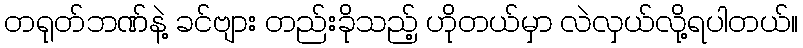
တရုတ်ဘဏ်နဲ့ ခင်ဗျား တည်းခိုသည့် ဟိုတယ်မှာ လဲလှယ်လို့ရပါတယ်။